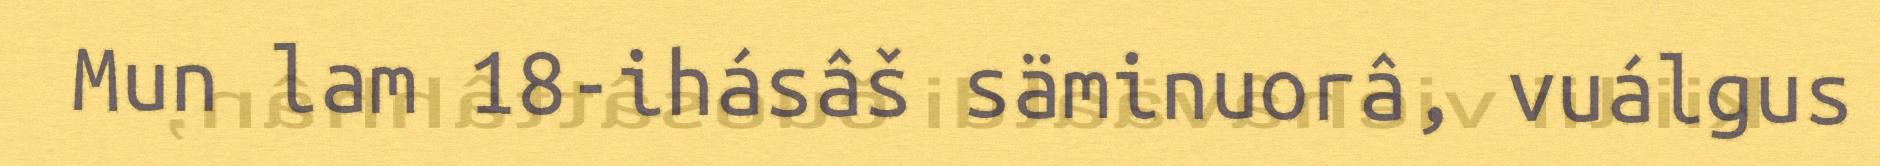
Mun lam 18-ihásâš säminuorâ, vuálgus